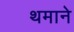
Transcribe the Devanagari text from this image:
थमाने